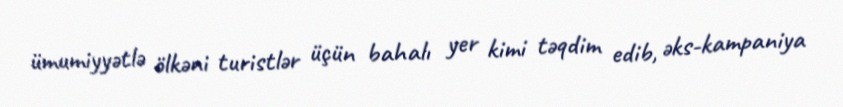
ümumiyyətlə ölkəni turistlər üçün bahalı yer kimi təqdim edib, əks-kampaniya